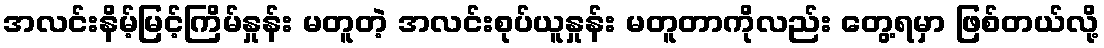
အလင်းနိမ့်မြင့်ကြိမ်နှုန်း မတူတဲ့ အလင်းစုပ်ယူနှုန်း မတူတာကိုလည်း တွေ့ရမှာ ဖြစ်တယ်လို့